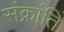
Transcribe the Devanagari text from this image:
संक्रांति